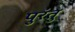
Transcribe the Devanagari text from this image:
पुरंतु